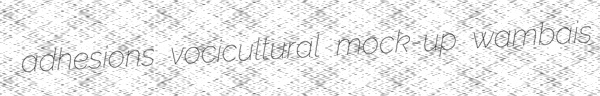
adhesions vocicultural mock-up wambais